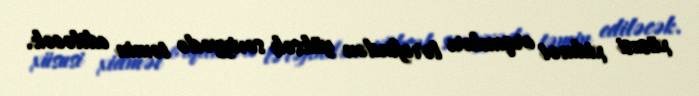
xüsusi xidmət orqanları tərəfindən yüksək səviyyədə təmin ediləcək.